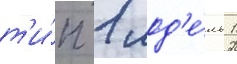
т'и́п 1 мод'е́ль 1